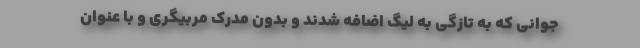
جوانی که به تازگی به لیگ اضافه شدند و بدون مدرک مربیگری و با عنوان